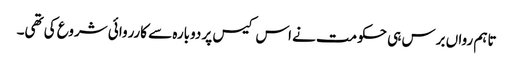
تاہم رواں برس ہی حکومت نے اس کیس پر دوبارہ سے کارروائی شروع کی تھی۔